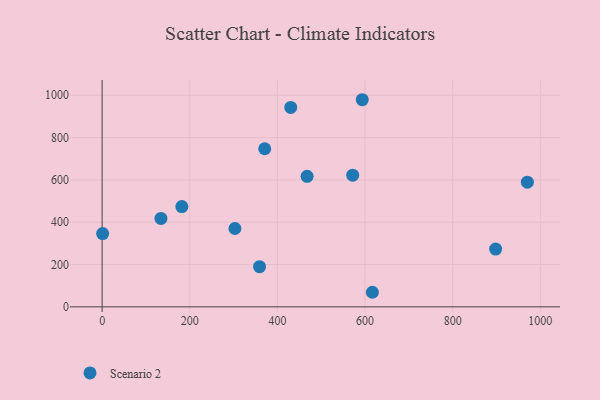
{"axis": {"x": "Ad Spend", "y": "Profit"}, "legend": ["Scenario 2"], "data": [{"x": "970.4", "y": 589.3, "type": "Scenario 2"}, {"x": "359.2", "y": 190.0, "type": "Scenario 2"}, {"x": "430.4", "y": 942.3, "type": "Scenario 2"}, {"x": "303.0", "y": 370.4, "type": "Scenario 2"}, {"x": "371.0", "y": 747.1, "type": "Scenario 2"}, {"x": "616.7", "y": 68.9, "type": "Scenario 2"}, {"x": "181.9", "y": 473.9, "type": "Scenario 2"}, {"x": "898.0", "y": 273.1, "type": "Scenario 2"}, {"x": "571.8", "y": 622.2, "type": "Scenario 2"}, {"x": "134.2", "y": 417.7, "type": "Scenario 2"}, {"x": "1.1", "y": 346.3, "type": "Scenario 2"}, {"x": "467.7", "y": 616.7, "type": "Scenario 2"}, {"x": "593.6", "y": 978.9, "type": "Scenario 2"}]}